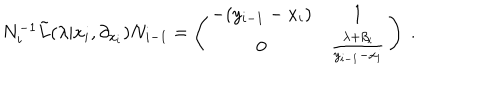
N _ { i } ^ { - 1 } { \tilde { L } } ( \lambda | x _ { i } , \partial _ { x _ { i } } ) N _ { i - 1 } = \left( \begin{array} { c c } { { - ( y _ { i - 1 } - x _ { i } ) } } & { { 1 } } \\ { { 0 } } & { { \frac { \lambda + \beta _ { i } } { y _ { i - 1 } - x _ { i } } } } \\ \end{array} \right) ~ .